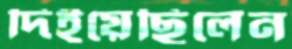
দিইয়েছিলেন